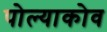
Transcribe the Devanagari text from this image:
पोल्याकोव